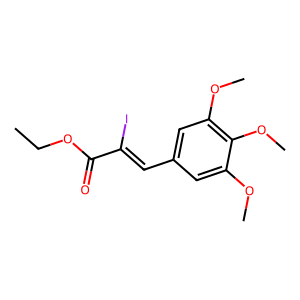
SMILES: CCOC(=O)C(I)=Cc1cc(OC)c(OC)c(OC)c1
Inhibits HIV replication: No